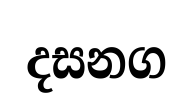
දසනග